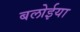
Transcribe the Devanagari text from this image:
बलोईया